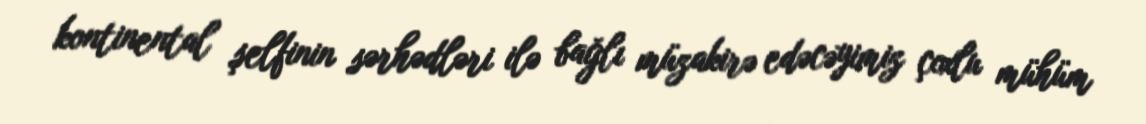
kontinental şelfinin sərhədləri ilə bağlı müzakirə edəcəyimiz çoxlu mühüm